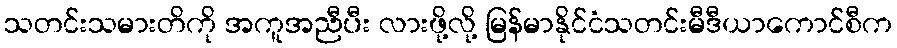
သတင်းသမားတိကို အကူအညီပီး လားဖို့လို့ မြန်မာနိုင်ငံသတင်းမီဒီယာကောင်စီက